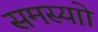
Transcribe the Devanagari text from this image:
समस्याो